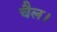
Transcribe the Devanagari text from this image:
चैल।